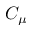
C _ { \mu }